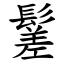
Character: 䰈